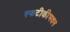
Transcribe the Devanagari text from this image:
स्फटीकीभवन